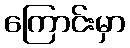
ကြောင်းမှာ